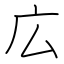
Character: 広